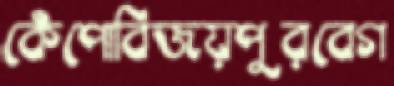
কেঁপোবিজয়পুরবেগ